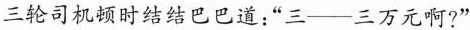
三轮司机顿时结结巴巴道:“三——三万元啊?’